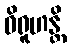
ဝိရူဟန္တိ